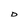
Character: D